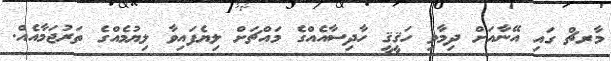
މާރޗް ގައި އޭނާއަށް ދިމާވި ހަޤީޤީ ހާދިސާއެއްގެ މައްޗަށް ލިޔެފައިވާ ލިޔުމެއްގެ ތަރުޖަމާއެއް.